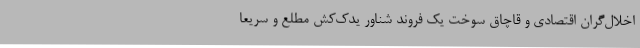
اخلال‌گران اقتصادی و قاچاق سوخت یک فروند شناور یدک‌کش مطلع و سریعاً